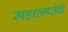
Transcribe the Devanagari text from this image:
महात्मतेचे